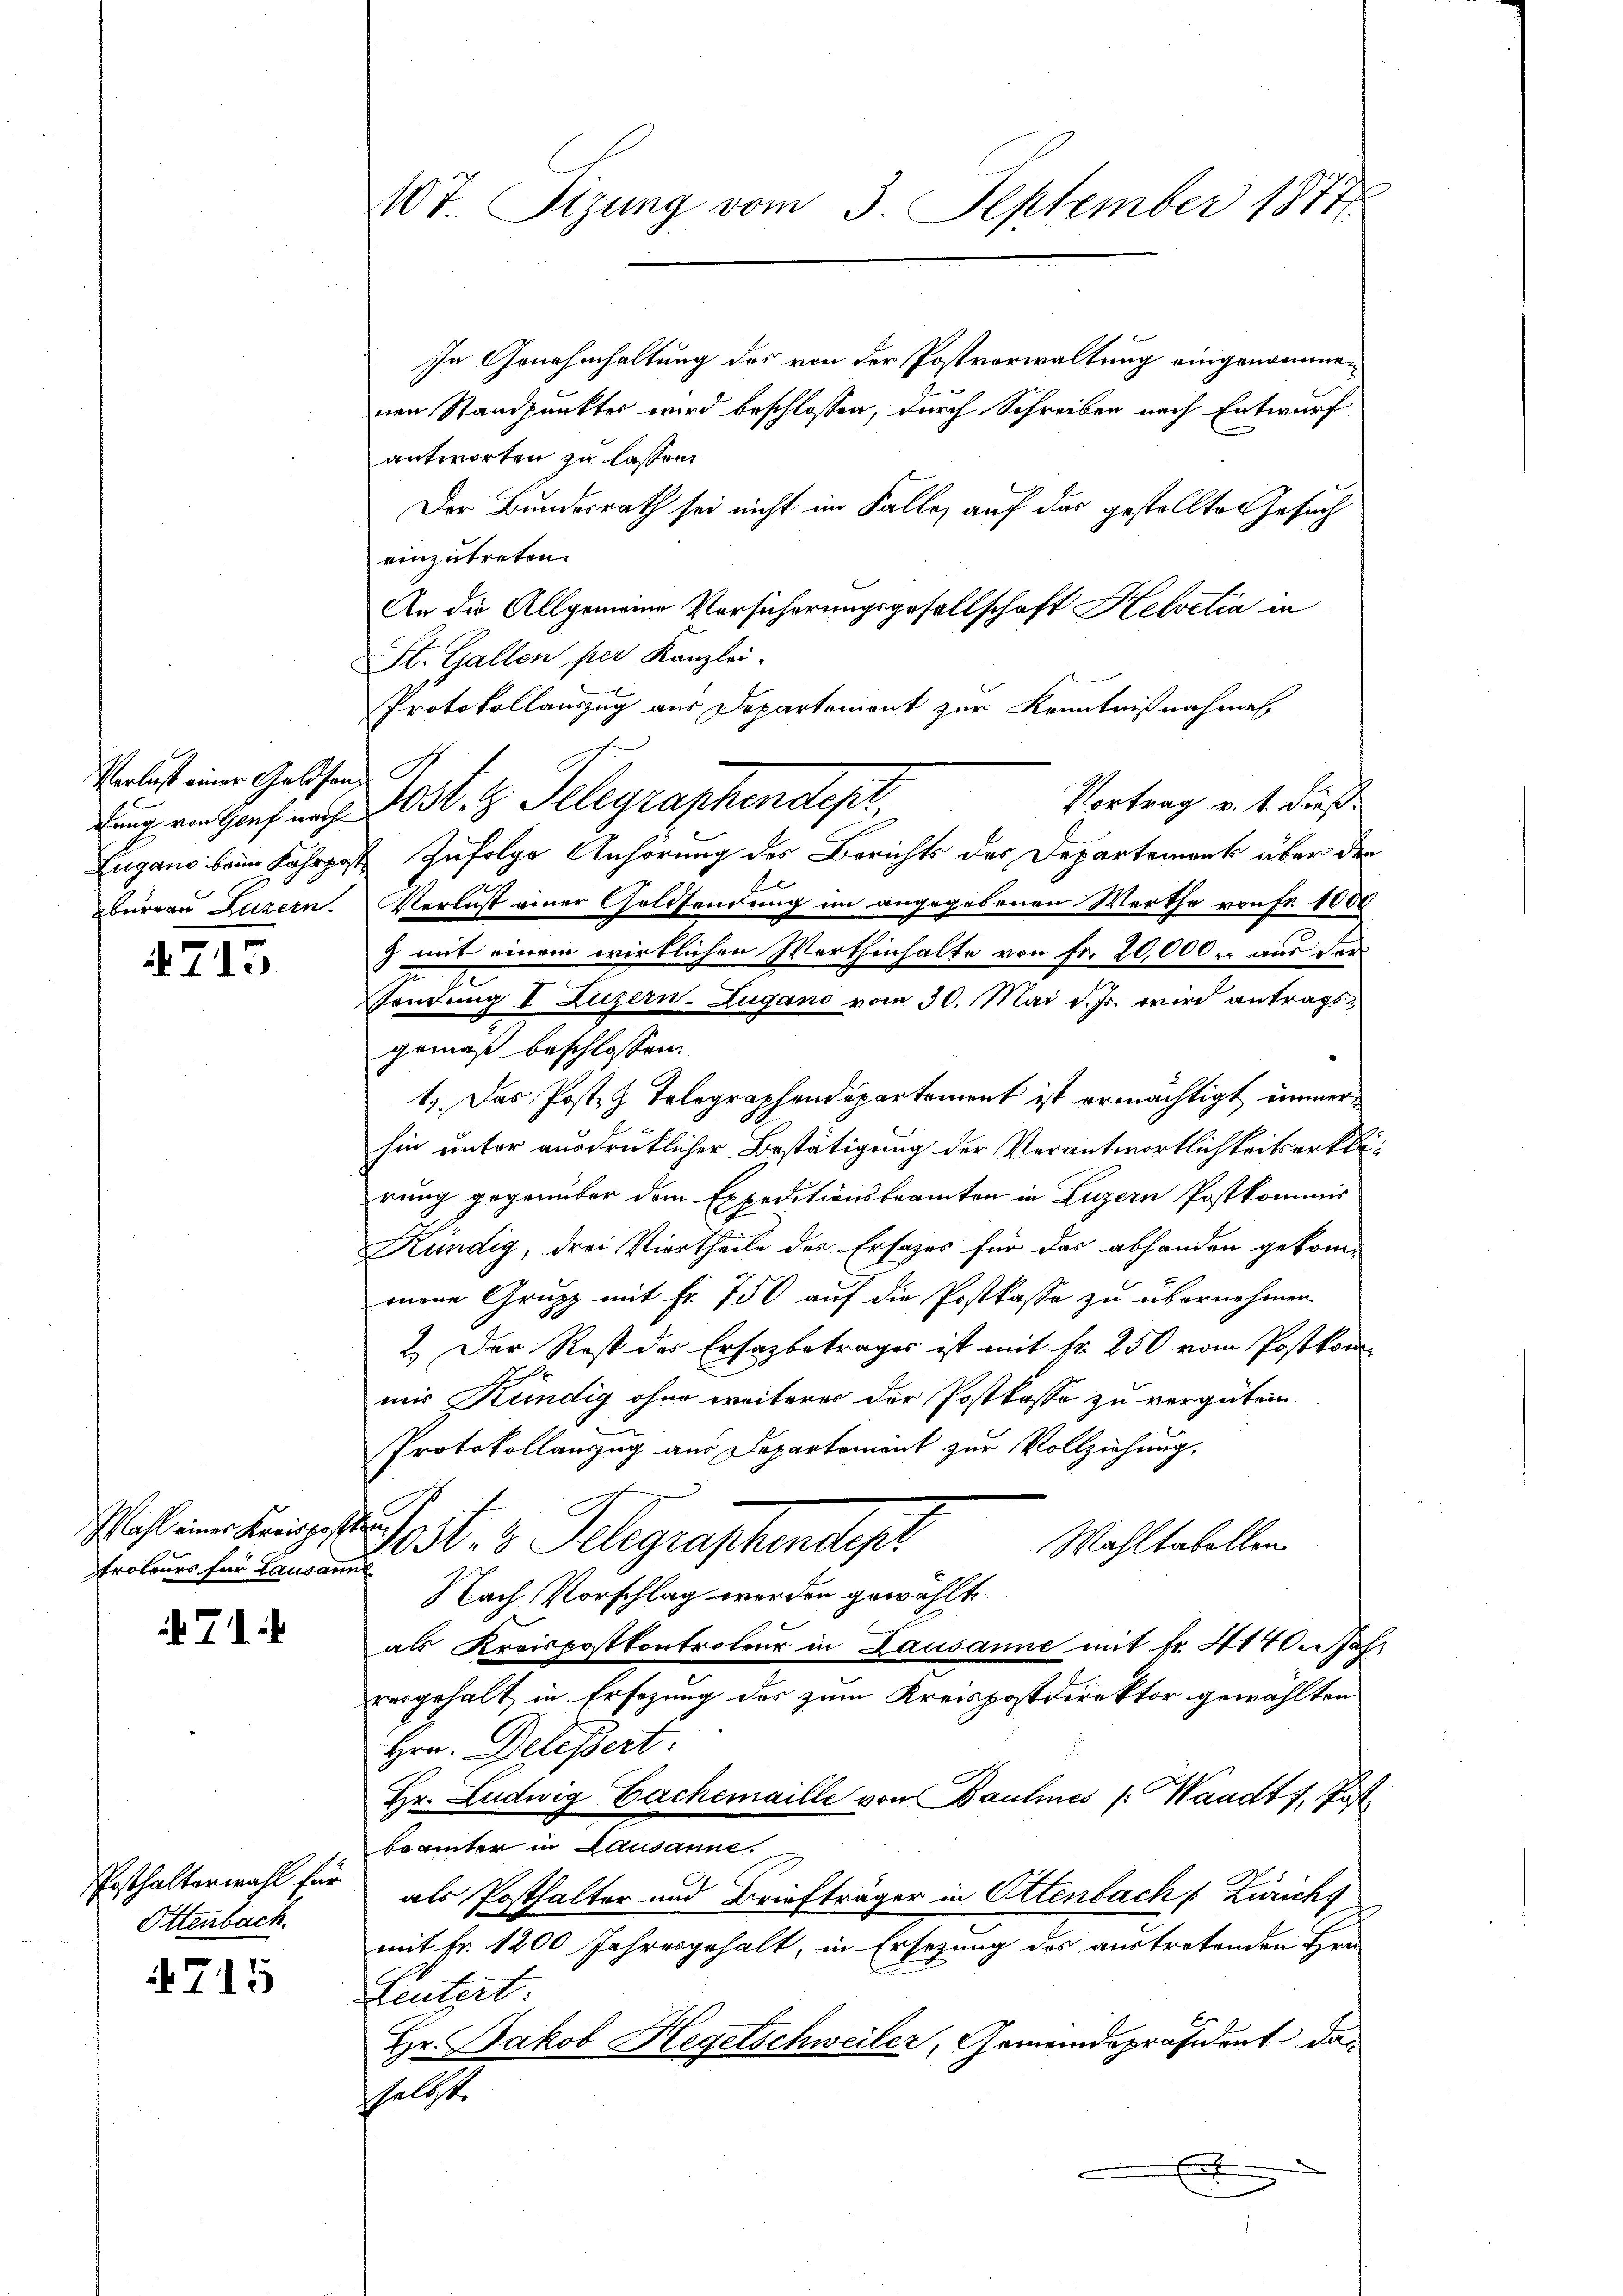
Verlust einer Geldsang
bureau Luzern.

4715

Protenes für Lausann

71

Posthalterwahl für
Ottenbach.

4715

107. Sizung vom 3. September 1877

In Genehmhaltung des von der Postverwaltung eingenommen
nen Standpunkter wird beschlossen, durch Schreiben nach Entwurf
antworten zu lassen.
Der Bundesrath sei nicht im Falle, auf das gestellten Gesuch
einzutreten.
An die Allgemeine Versicherungsgesellschaft Helvetia in
St. Gallen per Kanzlei-
Protokollauszug aus Departement zur Kenntnißnahmen.
Vortrag v. 1. dieß
Lungenthalf mich s. z. Telegraphendest
Lugano beim Fahrpost zufolge Anhörung des Berichts des Departement über den
Verlust einer Goldsendung im angegebenen Werthe von Fr. 1000
) mit einem wirklichen Werthinhalte von Fr. 20,000 aus der
Sendung I Luzern-Zugano vom 30. Mai d. Js. wird antragsgemäß beschlossen:
1.) Das Post, z. Telegraphendepartement ist ermächtigt immer
hin unter ausdrücklicher Bestätigung der Verantwortlichkeitserklärung gegenüber dem Expeditionsbeamten in Luzern Postkommis
Kündig, drei Viertheile des Ersages für das abhanden gekommene Grupp mit Fr. 750 auf die Postkasse zu übernehmen
2.) Der Rost des Ersazbetrages ist mit Fr. 250 vom Postkom-
mir Kündig ohne weiteres der Postkasse zu vergüten
Protokollauszug aus Departement zur Vollziehung.
h . . . . Telegraphendepr
Wahltabellen.
Nach Vorschlag werden gewählt
als Kreispostkontroleur in Lausanne mit fr. 414. Jahr
vorgehalt in Ersezung des zum Kreispostdirektor gewählten
Hrn. Delessert.
Hr. Ludwig Cachemaille von Baulines Waadt 1, Postbeamter in Lausanne.
als Posthalter und Briefträger in Ottenbach [Zürichs
mit Fr. 1200 Jahresgehalt, in Ersezung des austretenden Fra-
Leutert.
Hr. Jakob Hegetschweiler, Gemeindspräsident das
shelbst.